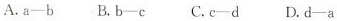
A.a-bB.b-cC.c-dD.d-a